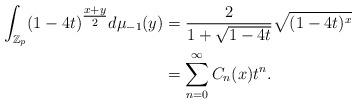
LaTeX: \begin{align*}\int_{\mathbb{Z}_p} (1-4t)^{\tfrac{x+y}{2}} d\mu_{-1} (y) &= \frac{2}{1+\sqrt{1-4t}} \sqrt{(1-4t)^x} \\&= \sum_{n=0}^\infty C_n(x) t^n.\end{align*}